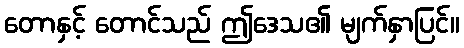
တောနှင့် တောင်သည် ဤဒေသ၏ မျက်နှာပြင်။